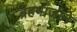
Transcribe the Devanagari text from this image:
ब्रहमाजीने